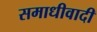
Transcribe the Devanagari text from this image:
समाधीवादी